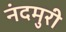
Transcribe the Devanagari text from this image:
नंदमुरी